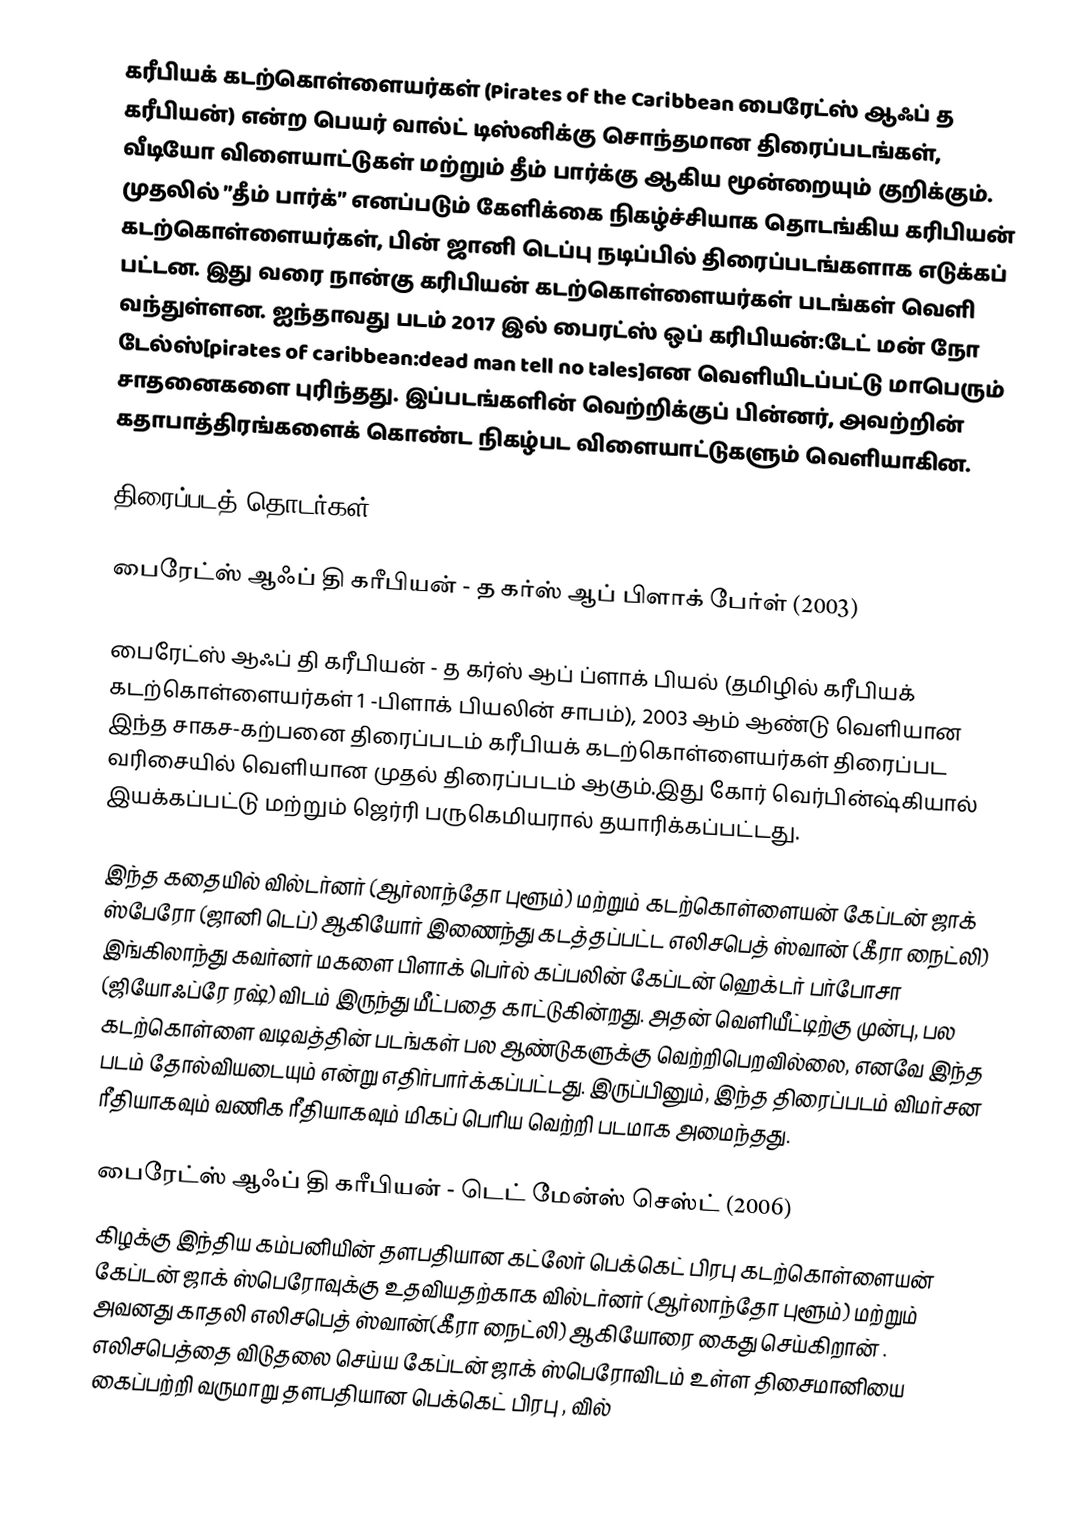
கரீபியக் கடற்கொள்ளையர்கள் (Pirates of the Caribbean பைரேட்ஸ் ஆஃப் த கரீபியன்) என்ற பெயர் வால்ட் டிஸ்னிக்கு சொந்தமான திரைப்படங்கள், வீடியோ விளையாட்டுகள் மற்றும் தீம் பார்க்கு ஆகிய மூன்றையும் குறிக்கும். முதலில் ”தீம் பார்க்” எனப்படும் கேளிக்கை நிகழ்ச்சியாக தொடங்கிய கரிபியன் கடற்கொள்ளையர்கள், பின் ஜானி டெப்பு நடிப்பில் திரைப்படங்களாக எடுக்கப் பட்டன. இது வரை நான்கு கரிபியன் கடற்கொள்ளையர்கள் படங்கள் வெளி வந்துள்ளன. ஐந்தாவது படம் 2017 இல் பைரட்ஸ் ஒப் கரிபியன்:டேட் மன் நோ டேல்ஸ்[pirates of caribbean:dead man tell no tales]என வெளியிடப்பட்டு மாபெரும் சாதனைகளை புரிந்தது. இப்படங்களின் வெற்றிக்குப் பின்னர்,  அவற்றின் கதாபாத்திரங்களைக் கொண்ட நிகழ்பட விளையாட்டுகளும் வெளியாகின.

திரைப்படத் தொடர்கள்

பைரேட்ஸ் ஆஃப் தி கரீபியன் - த கர்ஸ் ஆப் பிளாக் பேர்ள் (2003)

பைரேட்ஸ் ஆஃப் தி கரீபியன் - த கர்ஸ் ஆப் ப்ளாக் பியல் (தமிழில் கரீபியக் கடற்கொள்ளையர்கள் 1 -பிளாக் பியலின் சாபம்), 2003 ஆம் ஆண்டு வெளியான இந்த சாகச-கற்பனை திரைப்படம் கரீபியக் கடற்கொள்ளையர்கள் திரைப்பட வரிசையில் வெளியான முதல் திரைப்படம் ஆகும்.இது கோர் வெர்பின்ஷ்கியால் இயக்கப்பட்டு மற்றும் ஜெர்ரி பருகெமியரால் தயாரிக்கப்பட்டது.

இந்த கதையில் வில்டர்னர் (ஆர்லாந்தோ புளூம்) மற்றும் கடற்கொள்ளையன் கேப்டன் ஜாக் ஸ்பேரோ (ஜானி டெப்) ஆகியோர் இணைந்து கடத்தப்பட்ட எலிசபெத் ஸ்வான் (கீரா நைட்லி) இங்கிலாந்து கவர்னர் மகளை பிளாக் பெர்ல் கப்பலின் கேப்டன் ஹெக்டர் பர்போசா (ஜியோஃப்ரே ரஷ்) விடம் இருந்து மீட்பதை காட்டுகின்றது. அதன் வெளியீட்டிற்கு முன்பு, பல கடற்கொள்ளை வடிவத்தின் படங்கள் பல ஆண்டுகளுக்கு வெற்றிபெறவில்லை, எனவே இந்த படம் தோல்வியடையும் என்று எதிர்பார்க்கப்பட்டது. இருப்பினும், இந்த திரைப்படம் விமர்சன ரீதியாகவும் வணிக ரீதியாகவும் மிகப் பெரிய வெற்றி படமாக அமைந்தது.

பைரேட்ஸ் ஆஃப் தி கரீபியன் - டெட் மேன்ஸ் செஸ்ட் (2006)
கிழக்கு இந்திய கம்பனியின் தளபதியான கட்லேர் பெக்கெட் பிரபு கடற்கொள்ளையன் கேப்டன் ஜாக் ஸ்பெரோவுக்கு உதவியதற்காக வில்டர்னர் (ஆர்லாந்தோ புளூம்) மற்றும் அவனது காதலி எலிசபெத் ஸ்வான்(கீரா நைட்லி) ஆகியோரை கைது செய்கிறான் . எலிசபெத்தை விடுதலை செய்ய கேப்டன் ஜாக் ஸ்பெரோவிடம் உள்ள திசைமானியை கைப்பற்றி வருமாறு தளபதியான பெக்கெட் பிரபு , வில்